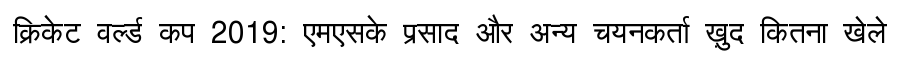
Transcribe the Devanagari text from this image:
क्रिकेट वर्ल्ड कप 2019: एमएसके प्रसाद और अन्य चयनकर्ता ख़ुद कितना खेले